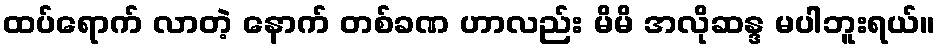
ထပ်ရောက် လာတဲ့ နောက် တစ်ခဏ ဟာလည်း မိမိ အလိုဆန္ဒ မပါဘူးရယ်။